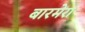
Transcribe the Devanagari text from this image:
बारमेरा